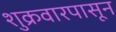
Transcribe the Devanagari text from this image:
शुक्रवारपासून